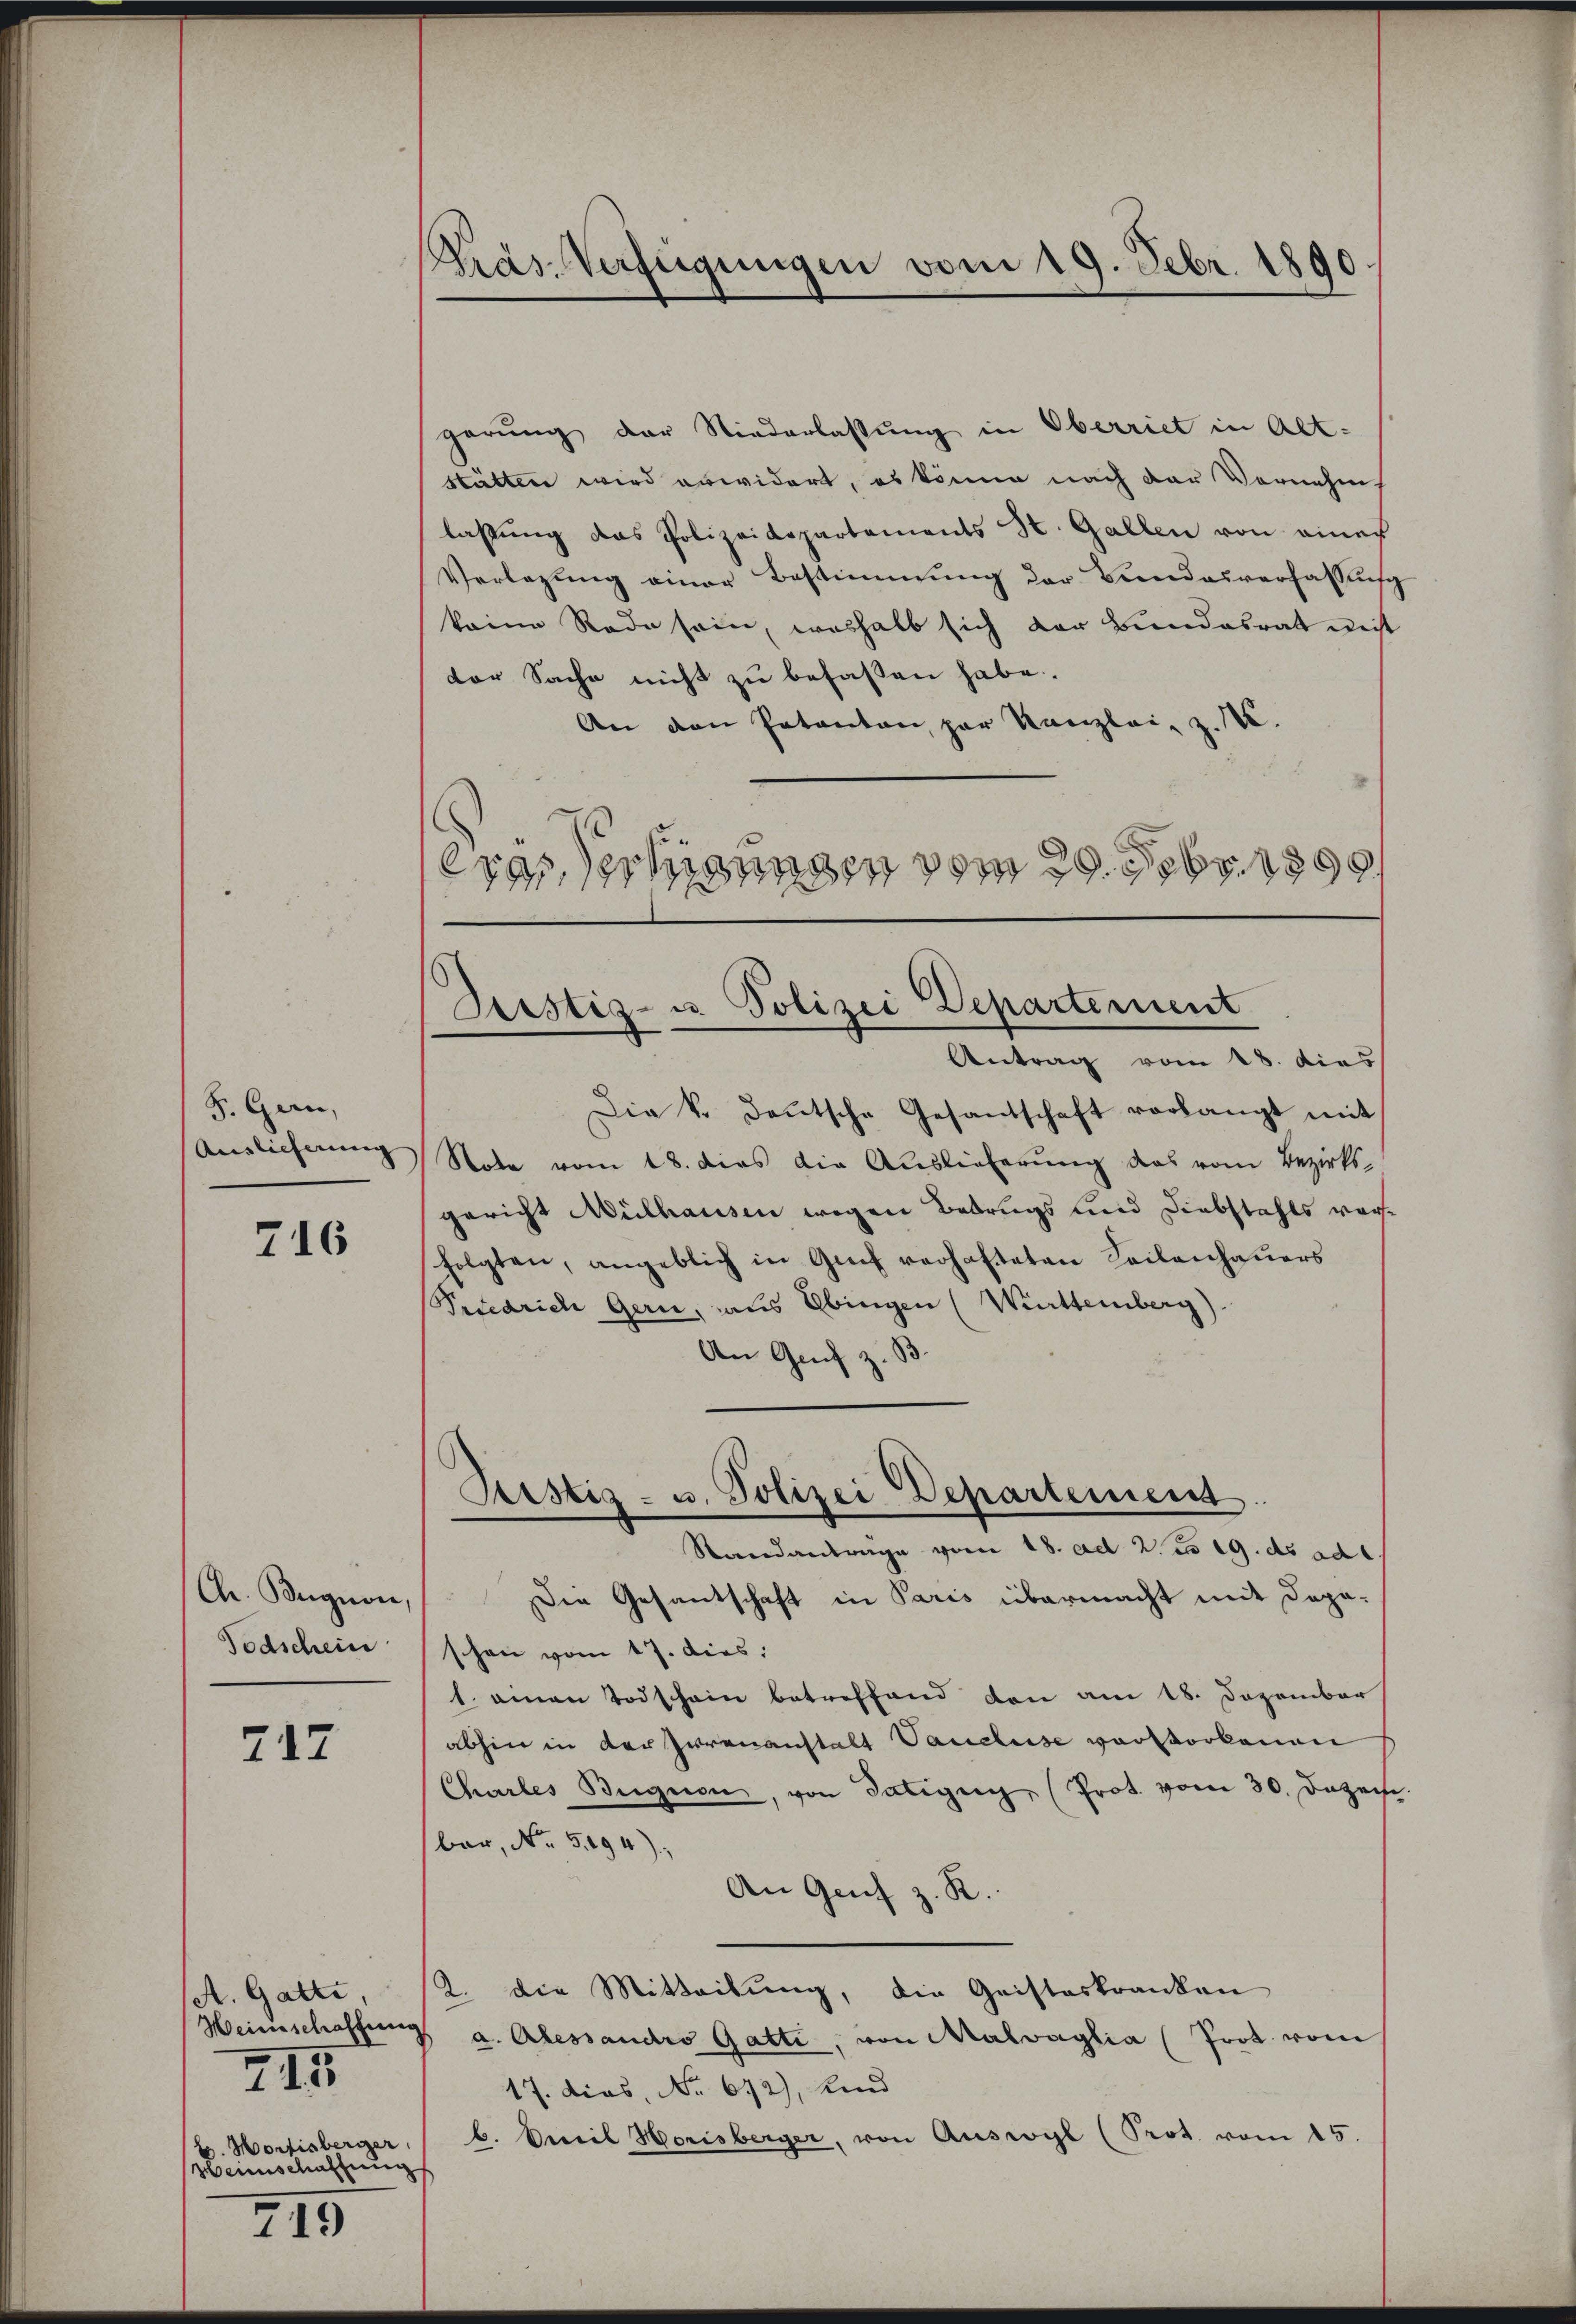
S. Garn,
Auslieferung |

716

Ch. Bugnon,
Todschein

717

A. Gatti,
b. Mortisberger
Heinschaffung

III

719

Pras-Verfügungen vom 19. Febr. 1890

garung der Niederlassung in Oberriet in Alt-
stätten wird erwidert, es könne nach der Vernehm
lassung das Polizeidepartements St. Gallen von einer
Verlegŭng einer Bestimmung der Bundesverfassung
keine Rede sein, weshalb sich der Bundesrat nicht
dor Sache nicht zu befassen habe.
An den Patanton, par Kanzlei- z. B.
erassertigungen vom 29. Febr. 1890.

Justiz- u. Polizei Departement
Antrag vom 18. dies

Peistig - u. Polizei Departement
Standantrage vom 18. ad 2. 19. ds ad

Die k. Deutsche Gesantschaft vorlangt mit
Note vom 18. dies die Auslieferung das vom Bezirks-
gericht Mülhausen wegen Betrugs und Diebstahls vorfolgten, angeblich in Genf verhafteten Teilenhauers
Priedrich Gern, aus Ebingen (Württemberg).
An Genf z. B.
Die Gesantschaft in Paris übermacht mit Depaschon vom 17. dies:
1. einen Todschain betreffend den am 18. Dezember
abhin in der Irrenanstalt Pauluse vorstorbenen
Chartes Bugion, von Tätigen (Prot. vom 30. Dezech
ber, No. 5494),
An Geich z. R.
2. die Mitteilung, die Geisteskranken
Heimschaffung a. Alessandro Gatti, von Malvaglia (Prot. vom
17. dies, No 612), und
b. Emil Horisberger, von Auswogl (Prot. vom 15.